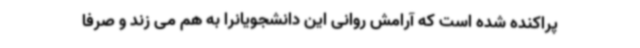
پراکنده شده است که آرامش روانی این دانشجویانرا به هم می زند و صرفا